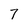
Character: 7